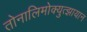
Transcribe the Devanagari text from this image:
तोनालिमोक्युत्झायान